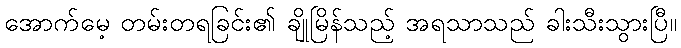
အောက်မေ့ တမ်းတရခြင်း၏ ချိုမြိန်သည့် အရသာသည် ခါးသီးသွားပြီ။